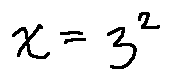
x = 3 ^ { 2 }